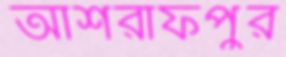
আশরাফপুর